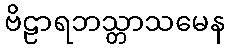
ဗိဠာရဘသ္တာသမေန